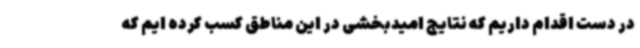
در دست اقدام داریم که نتایج امیدبخشی در این مناطق کسب کرده ایم که